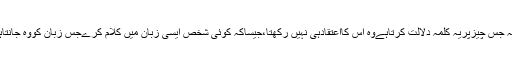
کیوں کہ جس چیزپریہ کلمہ دلالت کرتاہےوہ اس کااعتقادہی نہیں رکھتا،جیساکہ کوئی شخص ایسی زبان میں کلام کرےجس زبان کووہ جانتاہی ناہو۔